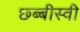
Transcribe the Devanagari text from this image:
छ्ब्बीस्वी